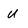
Character: U